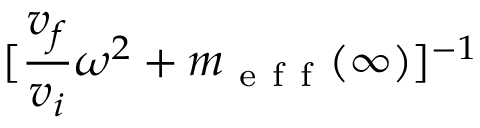
[ \frac { v _ { f } } { v _ { i } } \omega ^ { 2 } + m _ { \mathrm { ~ e ~ f ~ f ~ } } ( \infty ) ] ^ { - 1 }